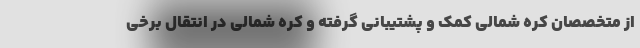
از متخصصان کره شمالی کمک و پشتیبانی گرفته و کره شمالی در انتقال برخی